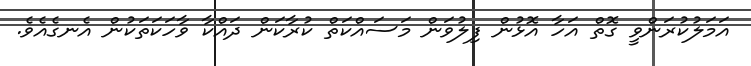
އަމަލުކުރަންވީ ގޮތް އަހާ އޮޅުން ފިލުވަން މަސައްކަތް ކުރާކަން ދައްކާ ވާހަކަތަކުން އެނގެއެވެ.